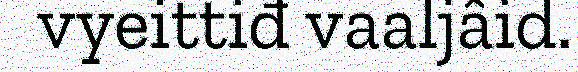
vyeittiđ vaaljâid.